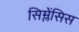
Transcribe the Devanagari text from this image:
सिम्लेंसिस